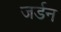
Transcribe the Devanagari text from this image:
जर्डन